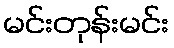
မင်းတုန်းမင်း